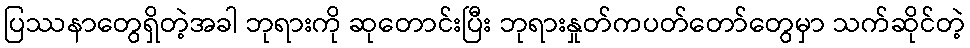
ပြဿနာတွေရှိတဲ့အခါ ဘုရားကို ဆုတောင်းပြီး ဘုရားနှုတ်ကပတ်တော်တွေမှာ သက်ဆိုင်တဲ့